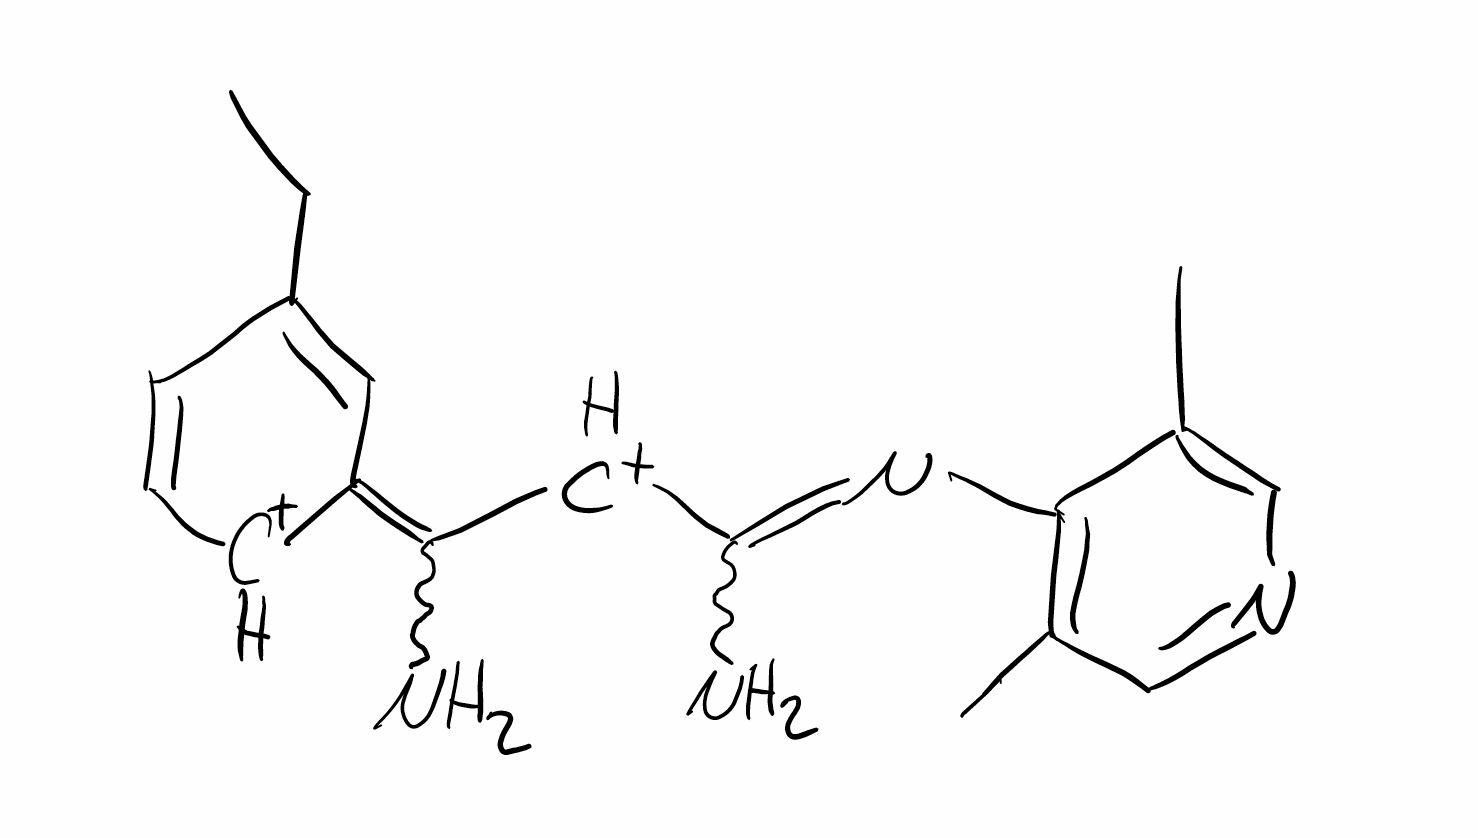
Simplified molecular-input line-entry system (SMILES) notation of the given molecule:
CCC1=CC(=C([CH+]C(=NC2=C(C=NC=C2C)C)N)N)[CH+]C=C1